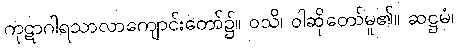
ကုဋာဂါရသာလာကျောင်းတော်၌။ ဝသိ၊ ဝါဆိုတော်မူ၏။ ဆဋ္ဌမံ၊